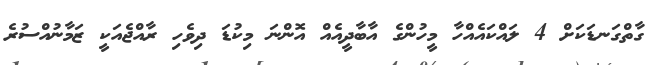
ގާތްގަނޑަކަށް 4 ލައްކައެއްހާ މީހުންގެ އާބާދީއެއް އޮންނަ މިކުޑަ ދިވެހި ރާއްޖެއަކީ ޒަމާނުއްސުރެ